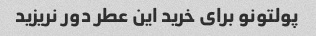
پولتونو برای خرید این عطر دور نریزید